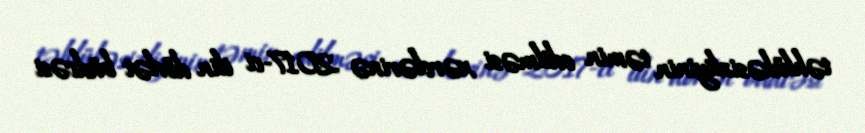
təhlükəsizliyinin təmin edilməsi xərclərinə 2017-ci ilin dövlət büdcəsi